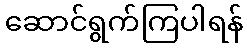
ဆောင်ရွက်ကြပါရန်